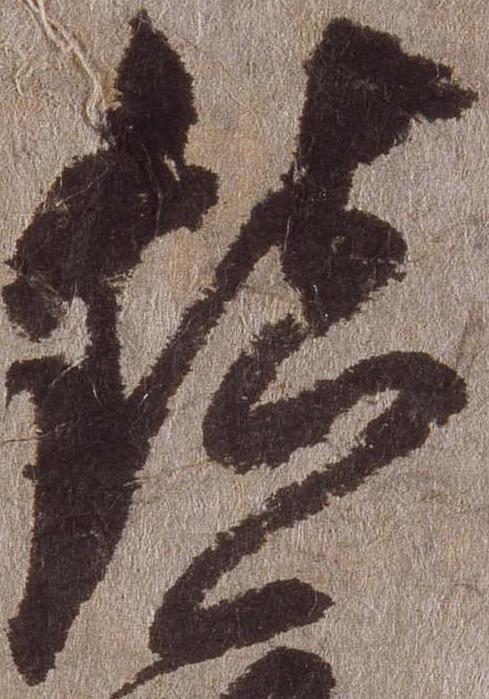
鎮